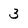
Character: 3